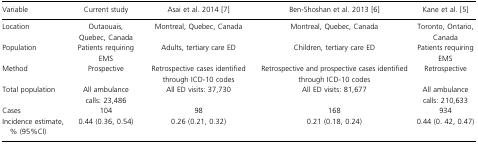
<table><thead><tr><td><b>Variable</b></td><td><b>Current study</b></td><td><b>Asai et al. 2014 7</b></td><td><b>Ben‐Shoshan et al. 2013 6</b></td><td><b>Kane et al. 5</b></td></tr></thead><tbody><tr><td>Location</td><td>Outaouais, Quebec, Canada</td><td>Montreal, Quebec, Canada</td><td>Montreal, Quebec, Canada</td><td>Toronto, Ontario, Canada</td></tr><tr><td>Population</td><td>Patients requiring EMS</td><td>Adults, tertiary care ED</td><td>Children, tertiary care ED</td><td>Patients requiring EMS</td></tr><tr><td>Method</td><td>Prospective</td><td>Retrospective cases identified through ICD‐10 codes</td><td>Retrospective and prospective cases identified through ICD‐10 codes</td><td>Retrospective</td></tr><tr><td>Total population</td><td>All ambulance calls: 23,486</td><td>All ED visits: 37,730</td><td>All ED visits: 81,677</td><td>All ambulance calls: 210,633</td></tr><tr><td>Cases</td><td>104</td><td>98</td><td>168</td><td>934</td></tr><tr><td>Incidence estimate, % (95%CI)</td><td>0.44 (0.36, 0.54)</td><td>0.26 (0.21, 0.32)</td><td>0.21 (0.18, 0.24)</td><td>0.44 (0. 42, 0.47)</td></tr></tbody></table>